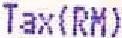
TAX(RM)